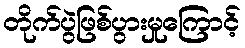
တိုက်ပွဲဖြစ်ပွားမှုကြောင့်